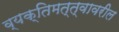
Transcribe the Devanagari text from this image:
व्यक्तिमत्त्वावरील